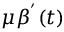
\mu \beta ^ { ' } ( t )